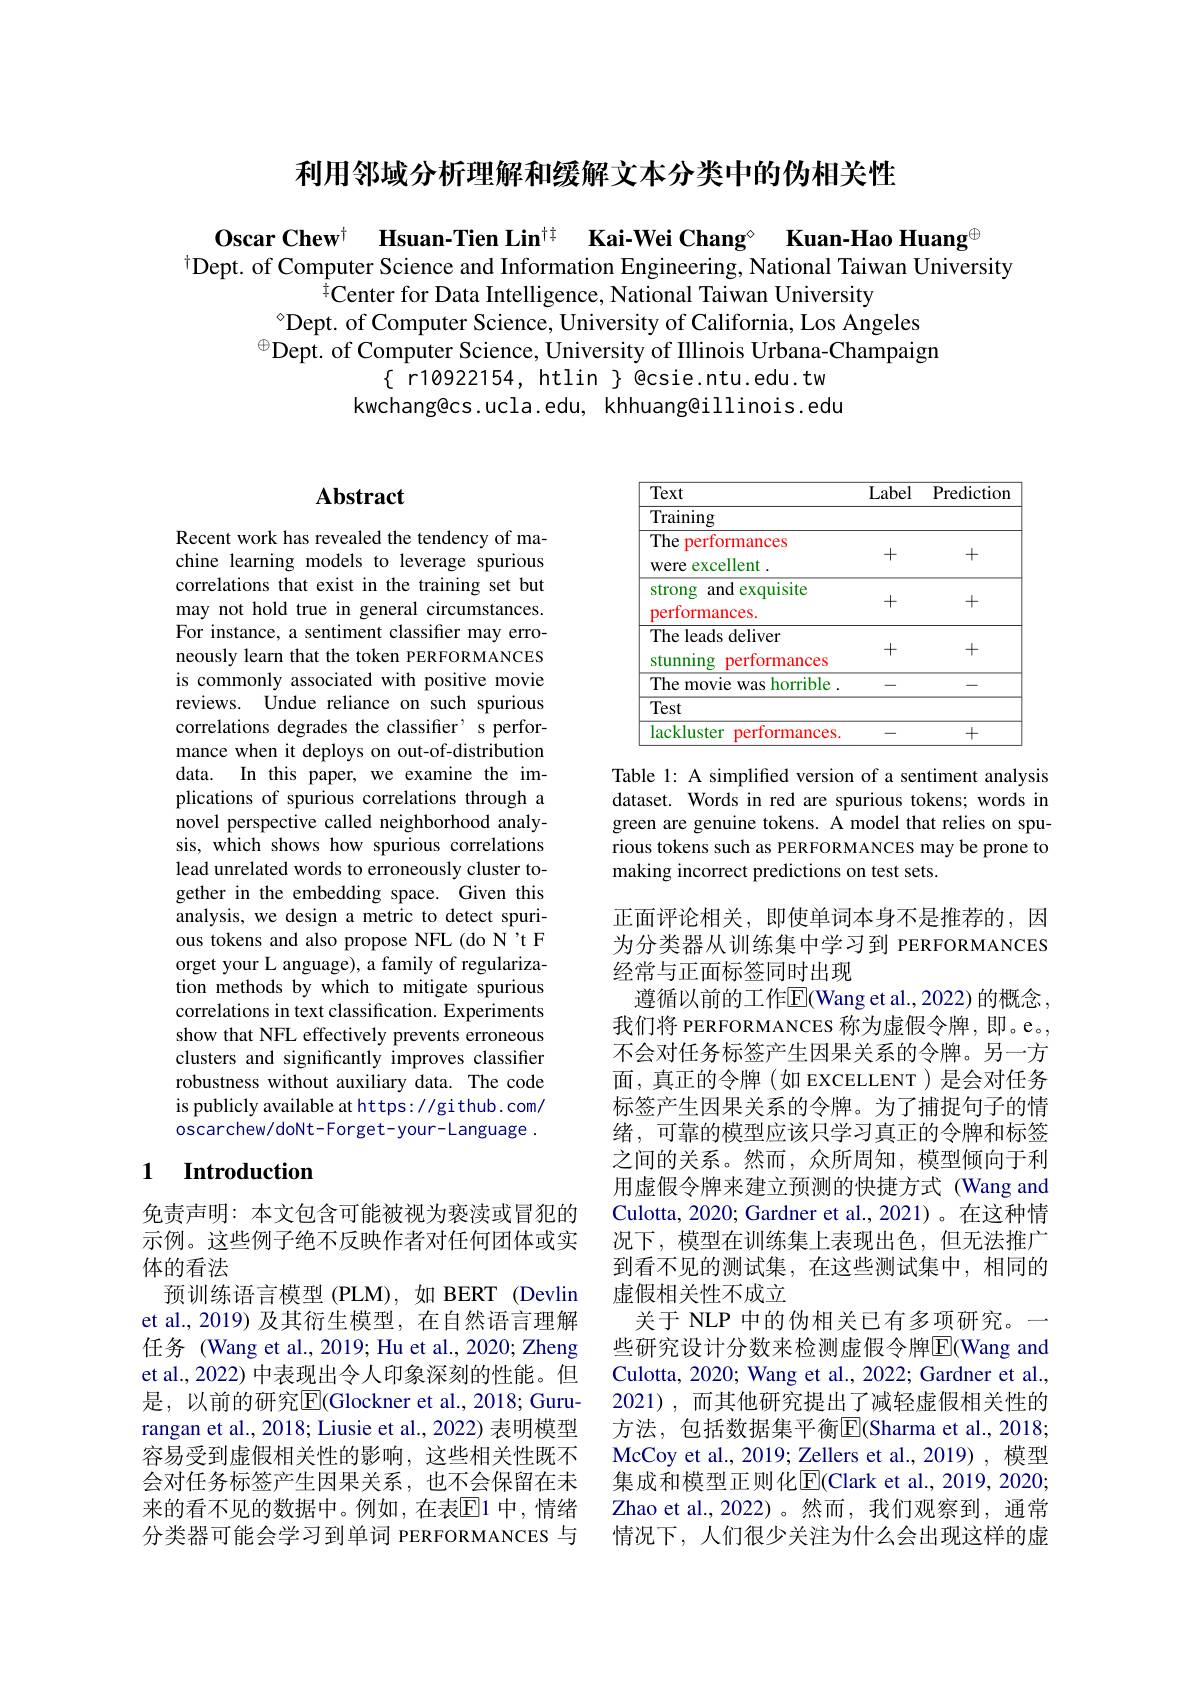
利用邻域分析理解和缓解文本分类中的伪相关性

$\mathbf{O} \textbf{scar Chew}^{\dagger }$ $\textbf{Hsuan- Tien Lin}^{\dagger \dagger }$ $\textbf{Kai- Wei Chang}^{\circ }$ $\textbf{Kuan- Hao Huang}^{\oplus }$
$^{\dagger}$Dept. of Computer Science and Information Engineering, National Taiwan University
$^{\bar{4}}$Center for Data Intelligence, National Taiwan University
$^{\circ}$Dept. of Computer Science, University of California, Los Angeles
$^{\oplus}$Dept. of Computer Science, University of Illinois Urbana-Champaign
$\{$ r10922154, htlin $\}$ @csie.ntu.edu.tw kwchang@cs.ucla.edu, khhuang@illinois.edu

# Abstract

Recent work has revealed the tendency of machine learning models to leverage spurious correlations that exist in the training set but may not hold true in general circumstances. For instance, a sentiment classifier may erroneously learn that the token PERFORMANCES is commonly associated with positive movie reviews. Undue reliance on such spurious correlations degrades the classifier' s performance when it deploys on out-of-distribution data. In this paper, we examine the implications of spurious correlations through a novel perspective called neighborhood analysis, which shows how spurious correlations lead unrelated words to erroneously cluster together in the embedding space. Given this analysis, we design a metric to detect spurious tokens and also propose NFL(do N't F orget your L anguage), a family of regularization methods by which to mitigate spurious correlations in text classification. Experiments show that NFL effectively prevents erroneous clusters and significantly improves classifier robustness without auxiliary data. The code is publicly available at https: / gi thub. com/ oscarchew/doNt-Forget-your-Language .

### 1 $\textbf{Introduction}$

免责声明：本文包含可能被视为亵渎或冒犯的示例。这些例子绝不反映作者对任何团体或实体的看法
预训练语言模型(PLM),如 BERT (Devlin et al.,2019) 及其衍生模型，在自然语言理解任务 (Wang et al., 2019; Hu et al., 2020; Zheng et al., 2022) 中表现出令人印象深刻的性能。但是，以前的研究$\overline{\mathrm{E}}($Glockner et al., 2018; Gururangan et al., 2018; Liusie et al., 2022) 表明模型容易受到虚假相关性的影响，这些相关性既不会对任务标签产生因果关系，也不会保留在未来的看不见的数据中。例如，在表$\overline{\mathbb{E}}$1 中，情绪分类器可能会学习到单词 PERFORMANCES 与

<table>
	<tbody>
		<tr>
			<th>Text</th>
			<th>Label</th>
			<th>Prediction</th>
		</tr>
		<tr>
			<td>Training</td>
			<td> </td>
			<td> </td>
		</tr>
		<tr>
			<td>The performances</td>
			<td> </td>
			<td> </td>
		</tr>
		<tr>
			<td>The leads deliver stunning performances</td>
			<td>+</td>
			<td>+</td>
		</tr>
		<tr>
			<td>The movie was horrible 1</td>
			<td>-</td>
			<td>-</td>
		</tr>
		<tr>
			<td>Test</td>
			<td> </td>
			<td> </td>
		</tr>
		<tr>
			<td>lackluster performances.</td>
			<td>- 1</td>
			<td>+</td>
		</tr>
	</tbody>
</table>

Table 1: A simplifed version of a sentiment analysis dataset. Words in red are spurious tokens; words in green are genuine tokens. A model that relies on spurious tokens such as PERFORMANCES may be prone to making incorrect predictions on test sets.

正面评论相关，即使单词本身不是推荐的，因为分类器从训练集中学习到 PERFORMANCES 经常与正面标签同时出现
遵循以前的工作$\overline{\mathrm{E}}($Wang et al.,2022) 的概念， 我们将 PERFORMANCES 称为虚假令牌，即。e。, 不会对任务标签产生因果关系的令牌。另一方面，真正的令牌(如 EXCELLENT)是会对任务标签产生因果关系的令牌。为了捕捉句子的情绪，可靠的模型应该只学习真正的令牌和标签之间的关系。然而，众所周知，模型倾向于利用虚假令牌来建立预测的快捷方式 (Wang and Culotta, 2020; Gardner et al., 2021)。在这种情况下，模型在训练集上表现出色，但无法推广到看不见的测试集，在这些测试集中，相同的虚假相关性不成立
关于 NLP 中的伪相关已有多项研究。一些研究设计分数来检测虚假令牌$\overline{\mathrm{E}}$(Wang and Culotta, 2020; Wang et al., 2022; Gardner et al., 2021),而其他研究提出了减轻虚假相关性的方法，包括数据集平衡$\overline{\mathrm{E}}($Sharma et al.,2018; McCoy et al., 2019; Zellers et al., 2019) , 模型集成和模型正则化$\overline{\mathrm{E}}($Clark et al., 2019, 2020; Zhao et al.,2022)。然而，我们观察到，通常情况下，人们很少关注为什么会出现这样的虚